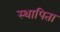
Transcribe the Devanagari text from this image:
स्थापिता